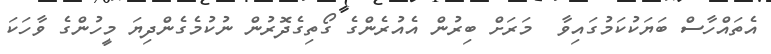
އެތައްހާސް ބަޔަކުކަމުގައިވާ  މަރަށް ބިރުން އެއުރެންގެ ގޯތިގެދޮރުން ނުކުމެގެންދިޔަ މީހުންގެ ވާހަކަ